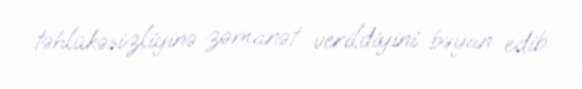
təhlükəsizliyinə zəmanət verildiyini bəyan edib.